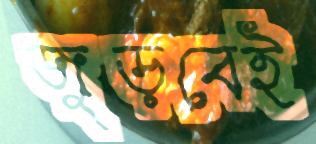
জুড়বেই